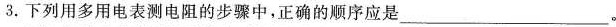
3.下列用多用电表测电阻的步骤中，正确的顺序应是___。